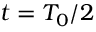
t = T _ { 0 } / 2